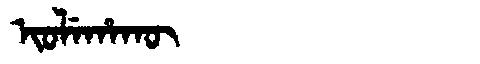
Manchu: ᡳᠣᠯᡝᡥᠠᡴᡡ
Romanization: IOLEHAKŪ